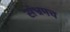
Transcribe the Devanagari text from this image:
संभ्रमच